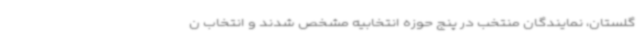
گلستان، نمایندگان منتخب در پنج حوزه انتخابیه مشخص شدند و انتخاب ن